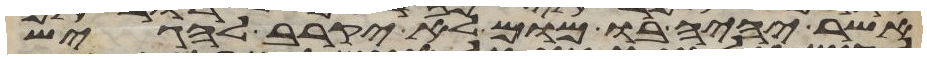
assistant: אשר יהיה בו מום לא יקרב להגיש